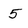
Character: 5